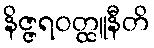
နိဇ္ဇရဝတ္ထူနီတိ